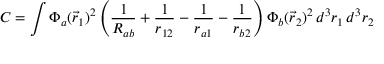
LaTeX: C = \int \Phi _ { a } ( { \vec { r } } _ { 1 } ) ^ { 2 } \left( { \frac { 1 } { R _ { a b } } } + { \frac { 1 } { r _ { 1 2 } } } - { \frac { 1 } { r _ { a 1 } } } - { \frac { 1 } { r _ { b 2 } } } \right) \Phi _ { b } ( { \vec { r } } _ { 2 } ) ^ { 2 } \, d ^ { 3 } r _ { 1 } \, d ^ { 3 } r _ { 2 }